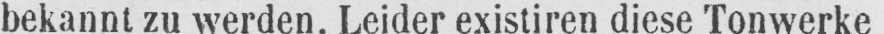
bekannt zu werden. Leider existiren diese Tonwerke